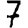
Digit: 7